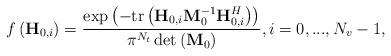
LaTeX: \begin{align*}f\left(\textbf{H}_{0,i}\right)=\frac{\exp\left(-\textrm{tr}\left(\textbf{H}_{0,i}\textbf{M}_{0}^{-1}\textbf{H}_{0,i}^{H}\right)\right)}{\pi^{N_t}\det\left(\textbf{M}_{0}\right)}, i=0,...,N_v-1,\end{align*}